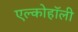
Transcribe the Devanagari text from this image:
एल्कोहॉली